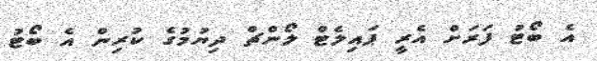
އެ ބޯޓު ފަރަށް އެރީ ޕައިލެޓް ލޯންޗް ދިޔުމުގެ ކުރިން އެ ބޯޓު